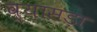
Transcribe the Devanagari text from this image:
व्यासड़ा